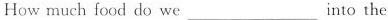
How much food do we ___ into the